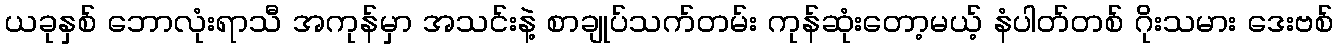
ယခုနှစ် ဘောလုံးရာသီ အကုန်မှာ အသင်းနဲ့ စာချုပ်သက်တမ်း ကုန်ဆုံးတော့မယ့် နံပါတ်တစ် ဂိုးသမား ဒေးဗစ်